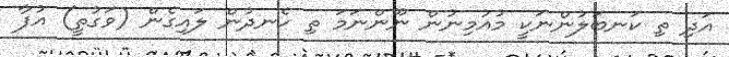
އަދި ތި ކަނބަލުންނަކީ މުއުމިނުން ނޫންނަމަ ތި ހެނދުން ލައިގެން (ވަގުތީ) އުފާ